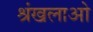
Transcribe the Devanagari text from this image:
श्रंखलाओ